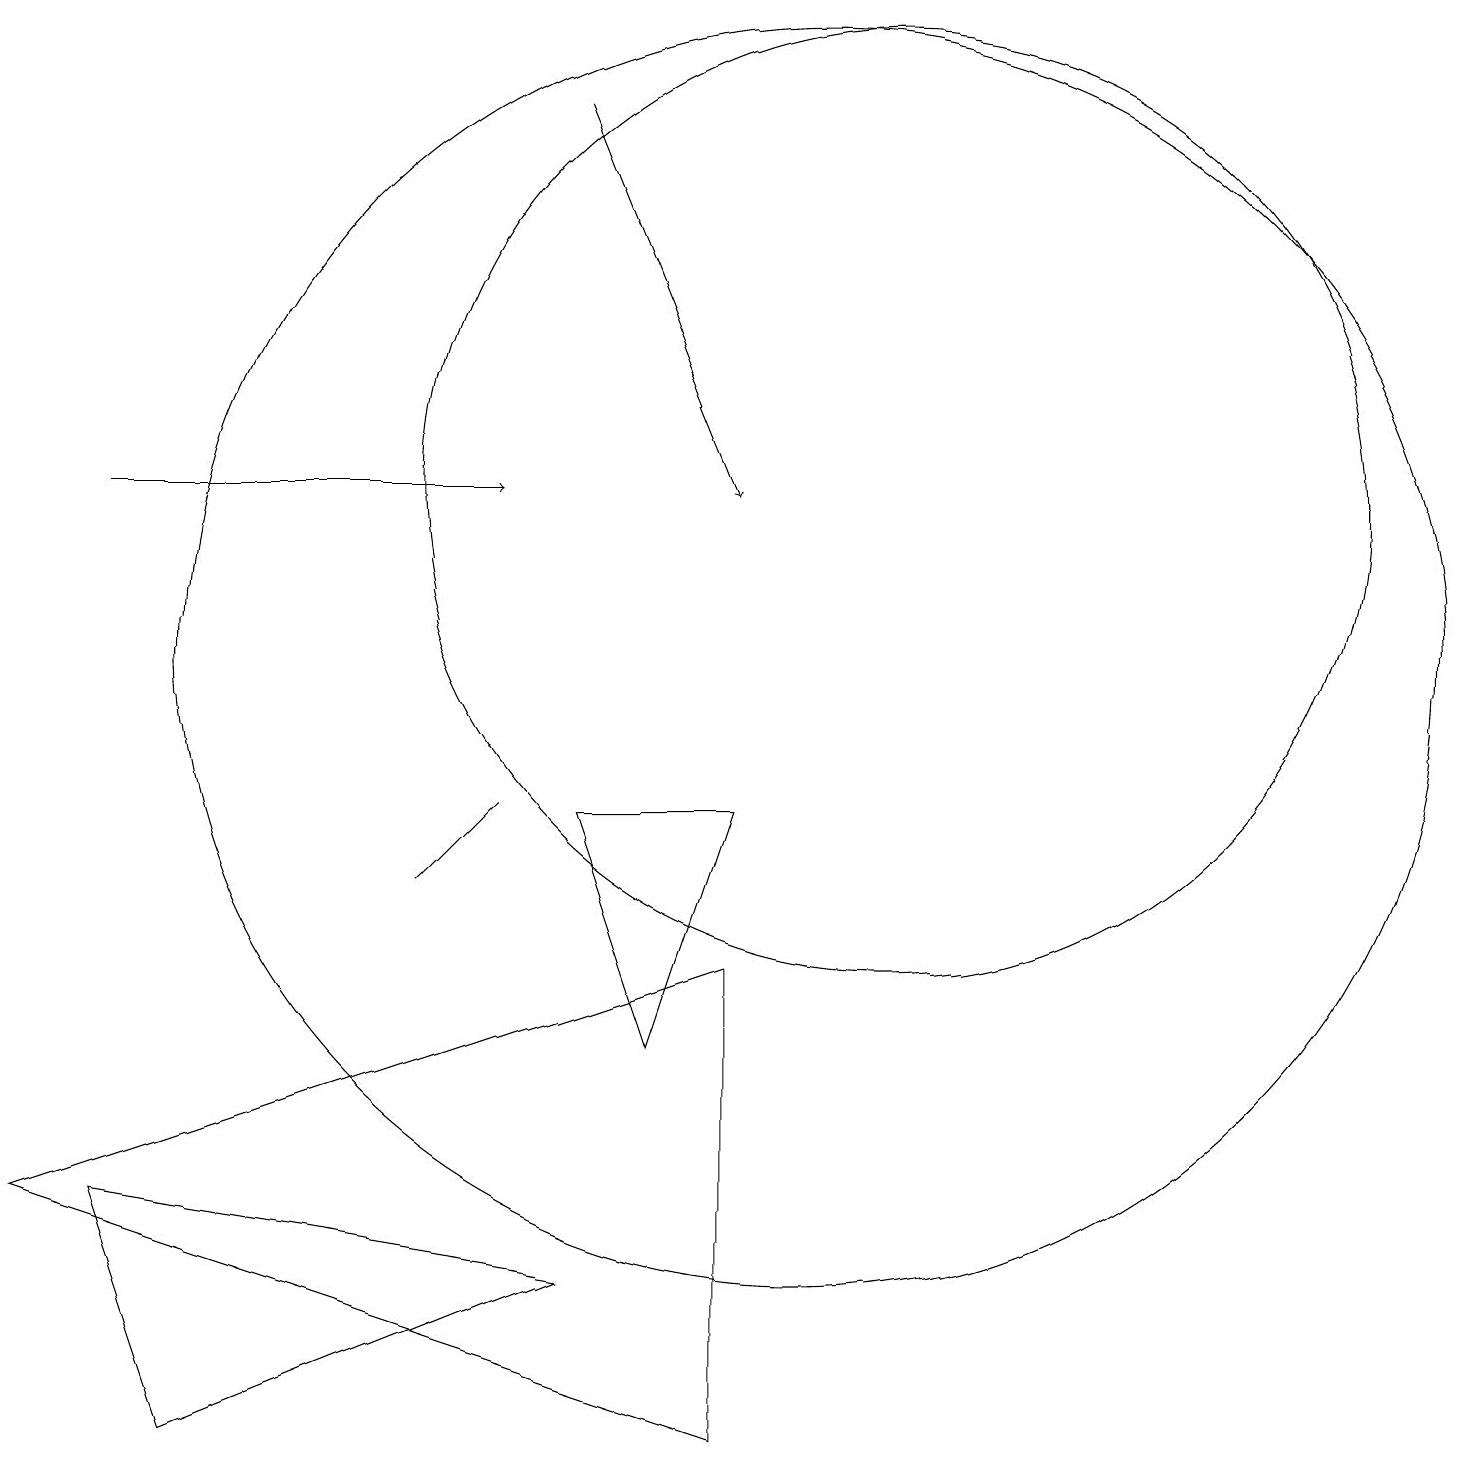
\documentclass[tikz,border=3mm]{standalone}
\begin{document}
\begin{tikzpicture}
\draw[->] (1,12) -- (6,12);
\draw (9,0) -- (0,3) -- (9,6) -- cycle;
\draw (11,12) circle (6);
\draw (2,0) -- (7,2) -- (1,3) -- cycle;
\draw[->] (7,17) -- (9,12);
\draw (9,8) -- (8,5) -- (7,8) -- cycle;
\draw (6,8) -- (5,7) -- (6,8) -- cycle;
\draw (10,10) circle (8);
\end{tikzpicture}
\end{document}